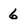
Character: 6